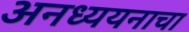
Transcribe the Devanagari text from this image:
अनध्ययनाचा